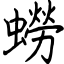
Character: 蟧